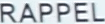
RAPPEL